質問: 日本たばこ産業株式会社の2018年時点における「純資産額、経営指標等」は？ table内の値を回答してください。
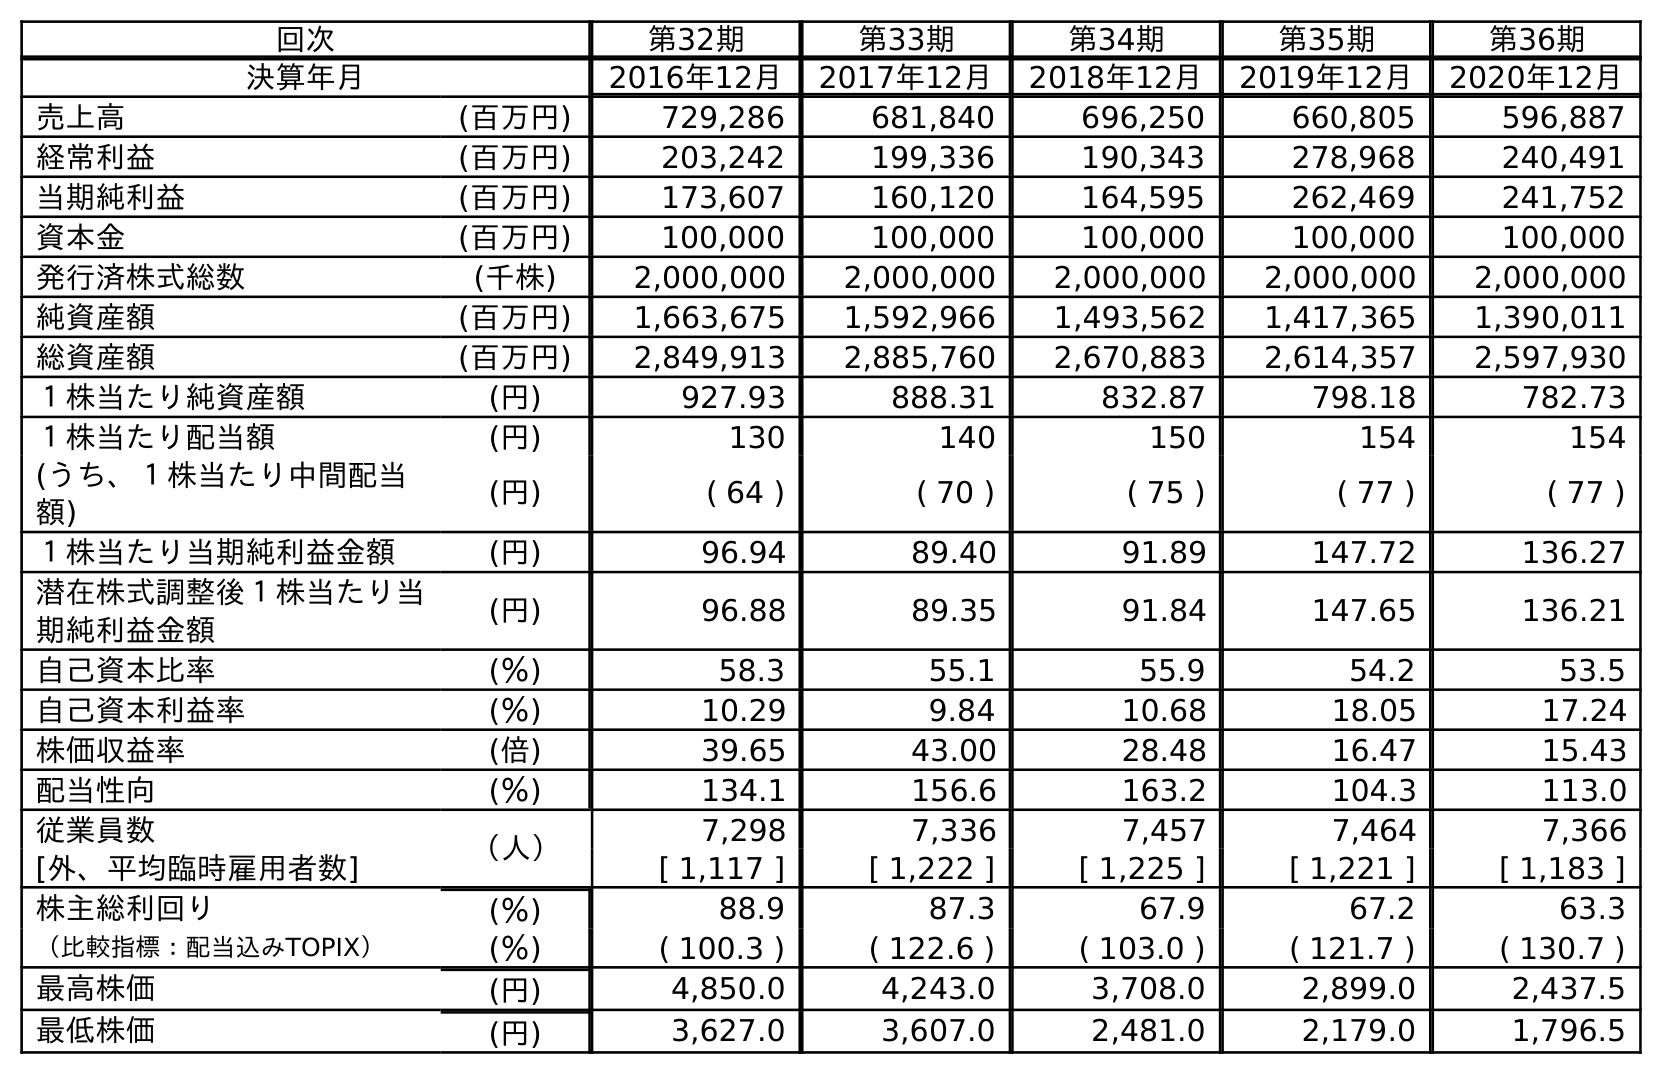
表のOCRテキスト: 回次 第32期 第33期 第34期 第35期 第36期 決算年月 2016年12月 2017年12月 2018年12月 2019年12月 2020年12月 売上高 (百万円) 729,286 681,840 696,250 660,805 596,887 経常利益 (百万円) 203,242 199,336 190,343 278,968 240,491 当期純利益 (百万円) 173,607 160,120 164,595 262,469 241,752 資本金 (百万円) 100,000 100,000 100,000 100,000 100,000 発行済株式総数 (千株) 2,000,000 2,000,000 2,000,000 2,000,000 2,000,000 純資産額 (百万円) 1,663,675 1,592,966 1,493,562 1,417,365 1,390,011 総資産額 (百万円) 2,849,913 2,885,760 2,670,883 2,614,357 2,597,930 １株当たり純資産額 (円) 927.93 888.31 832.87 798.18 782.73 １株当たり配当額 (円) 130 140 150 154 154 (うち、１株当たり中間配当 額) (円) ( 64 ) ( 70 ) ( 75 ) ( 77 ) ( 77 ) １株当たり当期純利益金額 (円) 96.94 89.40 91.89 147.72 136.27 潜在株式調整後１株当たり当 期純利益金額 (円) 96.88 89.35 91.84 147.65 136.21 自己資本比率 (％) 58.3 55.1 55.9 54.2 53.5 自己資本利益率 (％) 10.29 9.84 10.68 18.05 17.24 株価収益率 (倍) 39.65 43.00 28.48 16.47 15.43 配当性向 (％) 134.1 156.6 163.2 104.3 113.0 従業員数 （人） 7,298 7,336 7,457 7,464 7,366 [外、平均臨時雇用者数] [ 1,117 ] [ 1,222 ] [ 1,225 ] [ 1,221 ] [ 1,183 ] 株主総利回り (％) 88.9 87.3 67.9 67.2 63.3 （比較指標：配当込みTOPIX） (％) ( 100.3 ) ( 122.6 ) ( 103.0 ) ( 121.7 ) ( 130.7 ) 最高株価 (円) 4,850.0 4,243.0 3,708.0 2,899.0 2,437.5 最低株価 (円) 3,627.0 3,607.0 2,481.0 2,179.0 1,796.5
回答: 1,493,562